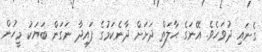
ގެނައި ދުވަހެވެ. އޭނަގެ ޙާލަތް ދަށަށް ދާނެކަމުގެ ފައިދާ ނަގަން ބަޔަކު މީހުން